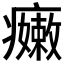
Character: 𱱬